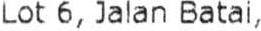
LOT 6, JALAN BATAI,